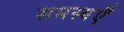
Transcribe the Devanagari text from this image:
समस्यएँ